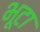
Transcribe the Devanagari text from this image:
भूटा